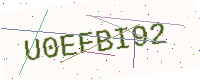
Text: U0EFBI92